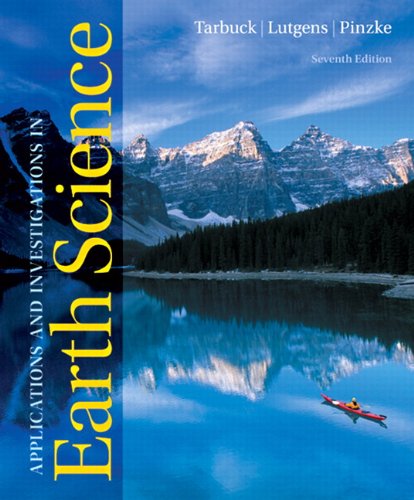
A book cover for Applications and Investigations in Earth Science (7th Edition); Edward J. Tarbuck; Science & Math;